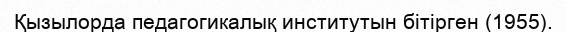
Қызылорда педaгогикалық институтын бітірген (1955).